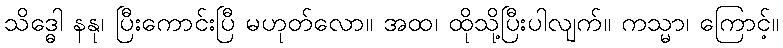
သိဒ္ဓေါ နနု၊ ပြီးကောင်းပြီ မဟုတ်လော။ အထ၊ ထိုသို့ပြီးပါလျက်။ ကသ္မာ၊ ကြောင့်။